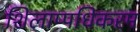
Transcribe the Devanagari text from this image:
शिलाप्पधिकरम